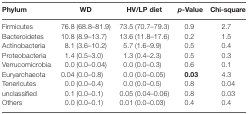
<table><thead><tr><td><b>Phylum</b></td><td><b>WD</b></td><td><b>HV/LP diet</b></td><td><b><i>p</i>-Value</b></td><td><b>Chi-square</b></td></tr></thead><tbody><tr><td>Firmicutes</td><td>76.8 (68.8–81.9)</td><td>73.5 (70.7–79.3)</td><td>0.9</td><td>2.7</td></tr><tr><td>Bacteroidetes</td><td>10.8 (8.9–13.7)</td><td>13.6 (11.8–17.6)</td><td>0.2</td><td>1.5</td></tr><tr><td>Actinobacteria</td><td>8.1 (3.6–10.2)</td><td>5.7 (1.6–9.9)</td><td>0.5</td><td>0.4</td></tr><tr><td>Proteobacteria</td><td>1.4 (0.5–3.0)</td><td>1.3 (0.4–2.3)</td><td>0.5</td><td>0.3</td></tr><tr><td>Verrucomicrobia</td><td>0.0 (0.0–0.04)</td><td>0.0 (0.0–0.3)</td><td>0.6</td><td>0.1</td></tr><tr><td>Euryarchaeota</td><td>0.04 (0.0–0.8)</td><td>0.0 (0.0–0.05)</td><td><b>0.03</b></td><td>4.3</td></tr><tr><td>Tenericutes</td><td>0.0 (0.0–0.4)</td><td>0.0 (0.0–0.5)</td><td>0.8</td><td>0.04</td></tr><tr><td>unclassified</td><td>0.1 (0.0–0.1)</td><td>0.05 (0.04–0.06)</td><td>0.8</td><td>0.03</td></tr><tr><td>Others</td><td>0.0 (0.0–0.1)</td><td>0.01 (0.0–0.03)</td><td>0.4</td><td>0.4</td></tr></tbody></table>